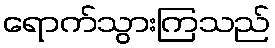
ရောက်သွားကြသည်